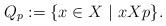
LaTeX: \begin{align*}Q_p:=\{x\in X ~|~ x X p \}.\end{align*}